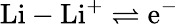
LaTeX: \mathrm{Li}-\mathrm{Li^{+}}\rightleftharpoons\mathrm{e^{-}}